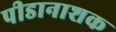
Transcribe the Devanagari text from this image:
पीडानाशक